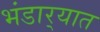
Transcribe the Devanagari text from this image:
भंडार्‍यात